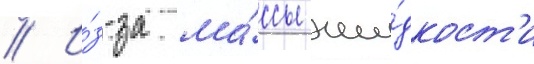
// И́з-за ма́ссы жи́дкост'и